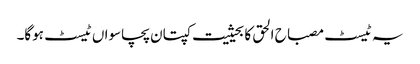
یہ ٹیسٹ مصباح الحق کا بحیثیت کپتان پچاسواں ٹیسٹ ہوگا۔